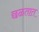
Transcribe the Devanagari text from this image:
छळतात